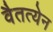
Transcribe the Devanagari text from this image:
वैतत्येन